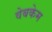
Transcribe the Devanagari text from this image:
वेबकेम